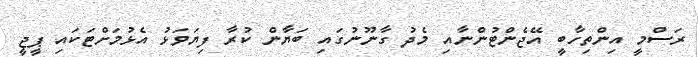
ރަސްމީ އިންތިހާބީ އޭޖެންޓުންނާއި މެދު ގާނޫނުގައި ބަޔާން ކުރާ ފިޔަވަޅު އެޅުމަށްޓަކައި ޕީޖީ